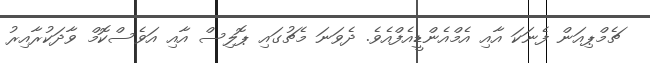
ޗެމްޕިއަން ފެނަކަ އާއި އެމްއެންޑީއެފްއެވެ. ދެވަނަ މެޗުގައި ޕޮލިސް އާއި އަވެސްކޮމް ވާދަކުރާއިރު